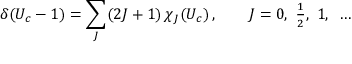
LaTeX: \delta ( U _ { c } - 1 ) = \sum _ { J } ( 2 J + 1 ) \, \chi _ { J } ( U _ { c } ) \, , \qquad J = 0 , ~ { \textstyle { \frac { 1 } { 2 } } } , ~ 1 , ~ \dots